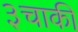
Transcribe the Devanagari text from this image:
३चाकी